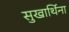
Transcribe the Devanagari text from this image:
सुखार्थिना